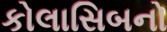
કોલાસિબનો